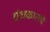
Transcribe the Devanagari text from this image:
ग्रंथकाराचे